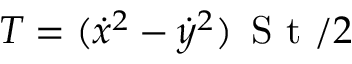
T = ( \dot { x } ^ { 2 } - \dot { y } ^ { 2 } ) \, \textrm { S t } / 2